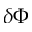
\delta \Phi